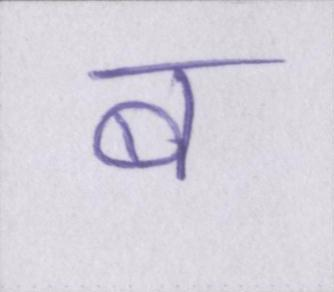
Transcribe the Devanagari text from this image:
ब